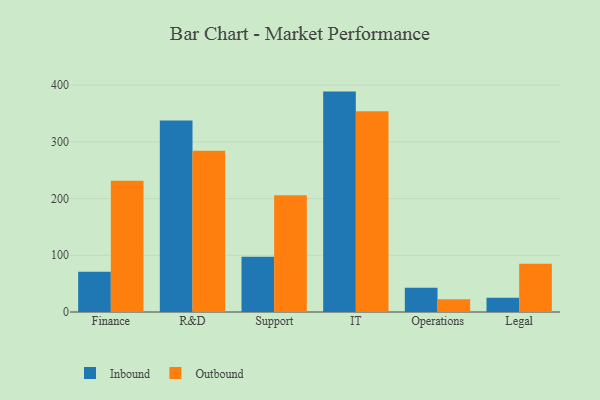
{"axis": {"x": "Department", "y": "Demand Index"}, "legend": ["Inbound", "Outbound"], "data": [{"x": "Finance", "y": 71.1, "type": "Inbound"}, {"x": "Finance", "y": 231.4, "type": "Outbound"}, {"x": "R&D", "y": 337.4, "type": "Inbound"}, {"x": "R&D", "y": 284.4, "type": "Outbound"}, {"x": "Support", "y": 97.5, "type": "Inbound"}, {"x": "Support", "y": 205.9, "type": "Outbound"}, {"x": "IT", "y": 388.5, "type": "Inbound"}, {"x": "IT", "y": 353.9, "type": "Outbound"}, {"x": "Operations", "y": 42.6, "type": "Inbound"}, {"x": "Operations", "y": 22.5, "type": "Outbound"}, {"x": "Legal", "y": 25.3, "type": "Inbound"}, {"x": "Legal", "y": 85.1, "type": "Outbound"}]}